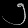
Digit: ၅